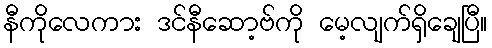
နီကိုလေကား ဒင်နီဆော့ဗ်ကို မေ့လျက်ရှိချေပြီ။